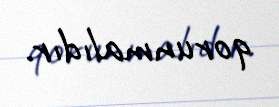
qorunmalıdır.